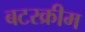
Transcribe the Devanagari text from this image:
बटरक्रीम